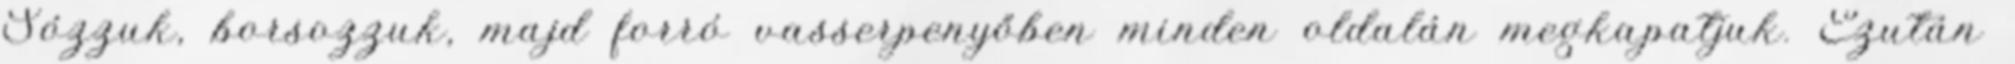
Sózzuk, borsozzuk, majd forró vasserpenyőben minden oldalán megkapatjuk. Ezután